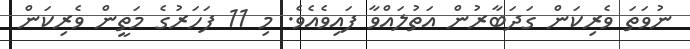
ނުވަތަ ވެރިކަން ގަދަބާރުން އަތުލައްވާ ފައިވެއެވެ. މި 11 ފަހަރުގެ މަތީން ވެރިކަން